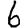
Digit: 6